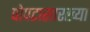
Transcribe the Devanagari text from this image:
पोपटासारख्या